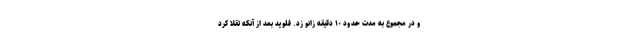
و در مجموع به مدت حدود ۱۰ دقیقه زانو زد. فلوید بعد از آنکه تقلا کرد